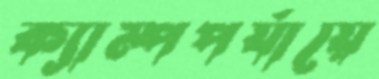
ক্যাম্পপর্যায়ে